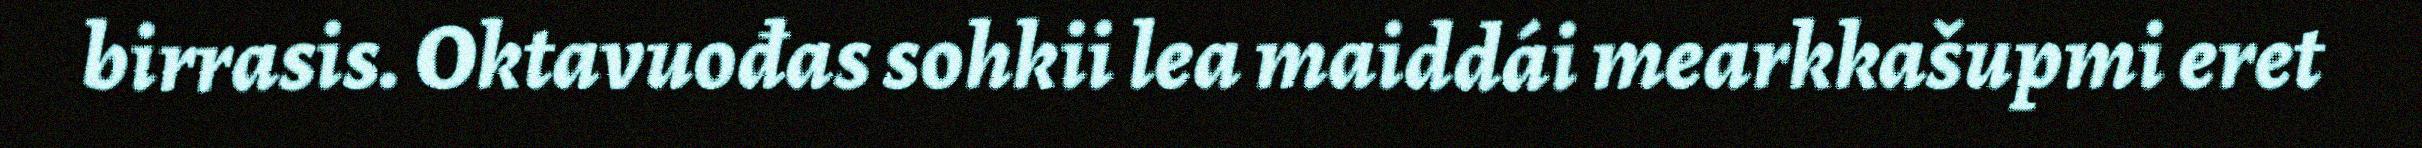
birrasis. Oktavuođas sohkii lea maiddái mearkkašupmi eret